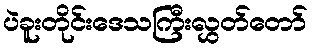
ပဲခူးတိုင်းဒေသကြီးလွှတ်တော်